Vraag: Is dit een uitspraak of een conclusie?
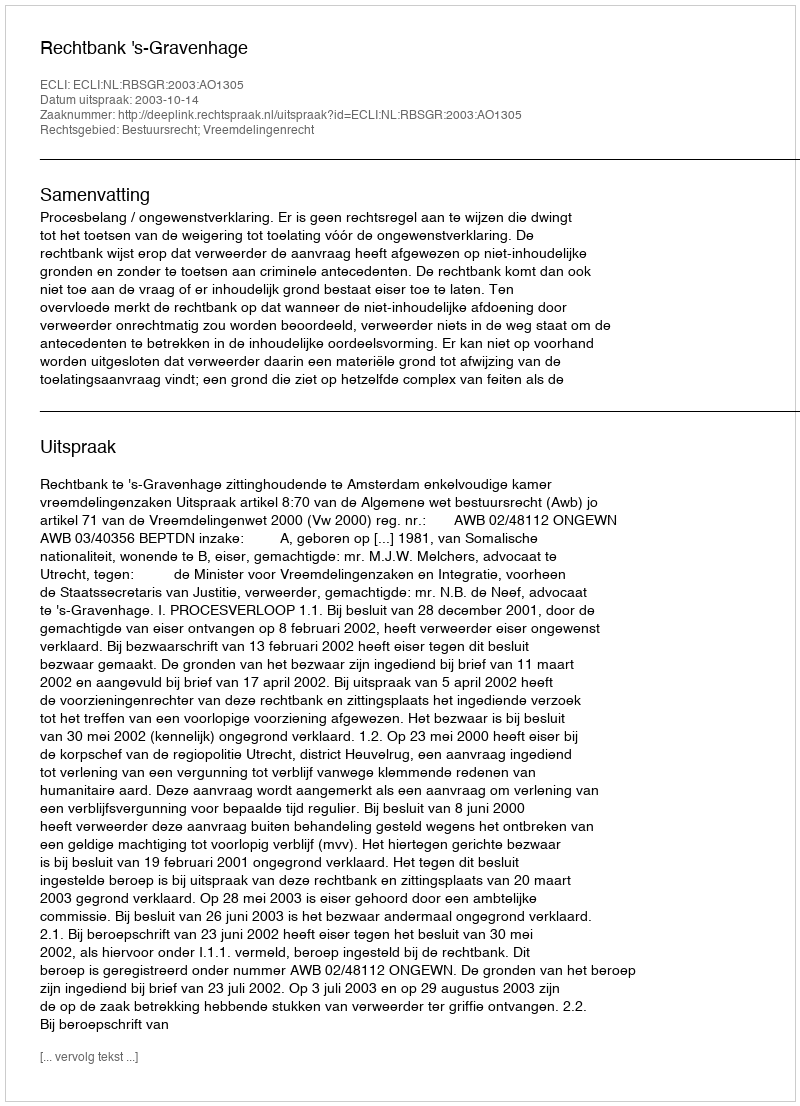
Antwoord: Uitspraak